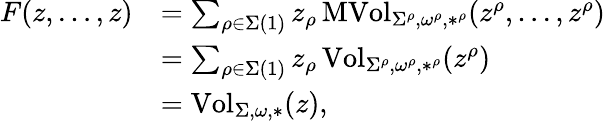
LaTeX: \begin{array}{rl}{F(z,\dots,z)}&{=\sum_{\rho\in\Sigma(1)}z_{\rho}\operatorname{MVol}_{\Sigma^{\rho},\omega^{\rho},*^{\rho}}(z^{\rho},\dots,z^{\rho})}\\ &{=\sum_{\rho\in\Sigma(1)}z_{\rho}\operatorname{Vol}_{\Sigma^{\rho},\omega^{\rho},*^{\rho}}(z^{\rho})}\\ &{=\operatorname{Vol}_{\Sigma,\omega,*}(z),}\end{array}